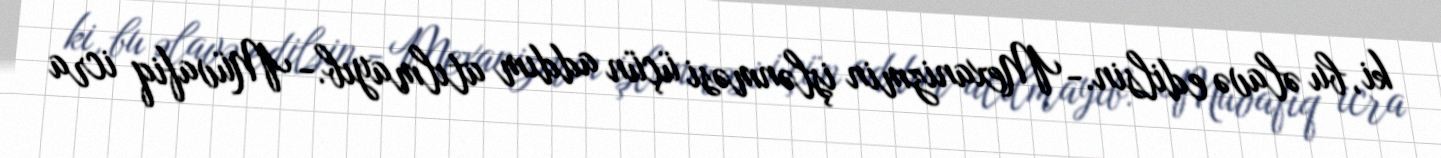
ki, bu əlavə edilsin.- Mexanizmin işlənməsi üçün addım atılmayıb.- Müvafiq icra